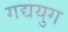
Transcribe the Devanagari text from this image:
गद्ययुग